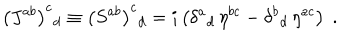
LaTeX: \left( J ^ { a b } \right) ^ { c } { } _ { d } \equiv \left( S ^ { a b } \right) ^ { c } { } _ { d } = i \left( \delta ^ { a } { } _ { d } \, \eta ^ { b c } - \delta ^ { b } { } _ { d } \, \eta ^ { a c } \right) \; .